Tezpur Lunatic Asylum reports 1877-1894 - 1877-1894
Year: 1877
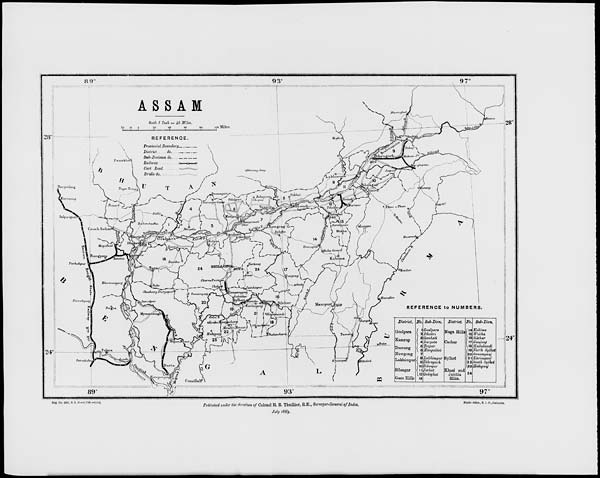
Hog. No. 2S91, 3. I. D.-10 7-89 —3,000.
Published under the direction of Colonel H. R. Thuillior, R.E., Surveyor.Qeneral of India,
July 1889.
Photo.-lltho., S. I. O., Calcutta